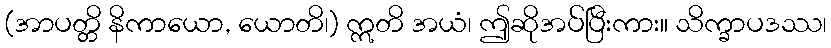
(အာပတ္တိ နိကာယော, ယောတိ၊) ဣတိ အယံ၊ ဤဆိုအပ်ပြီးကား။ သိက္ခာပဒဿ၊